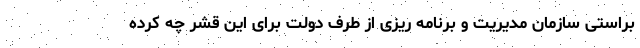
براستی سازمان مدیریت و برنامه ریزی از طرف دولت برای این قشر چه کرده